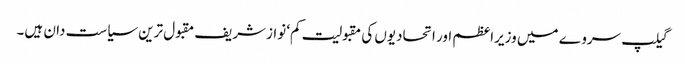
گیلپ سروے میں وزیراعظم اور اتحادیوں کی مقبولیت کم‘ نوازشریف مقبول ترین سیاست دان ہیں۔